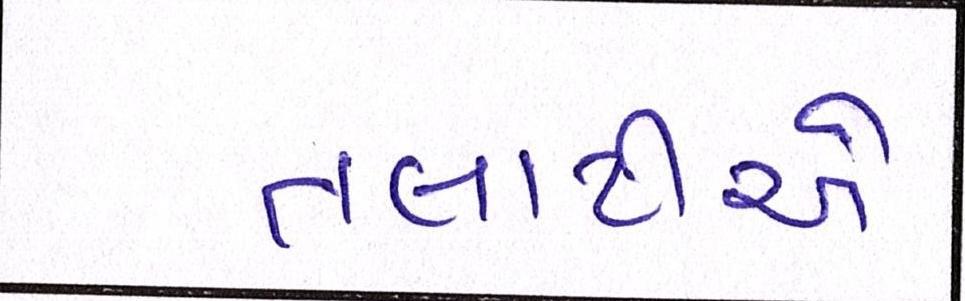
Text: તલાટીએ